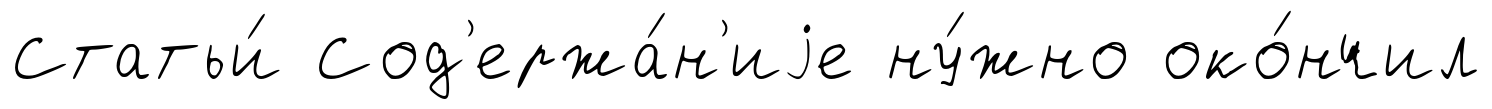
Статьи́ Сод'ержа́н'иjе ну́жно око́нчил